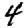
Digit: 4